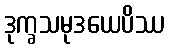
ဒုက္ခသမုဒယေပိဿ